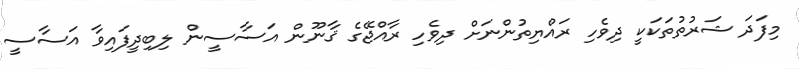
މިފަދަ ޝަރުތުތަކަކީ ދިވެހި ރައްޔިތުންނަށް ދިވެހި ރާއްޖޭގެ ޤާނޫން އަސާސީން ލިބިދީފައިވާ އަސާސީ